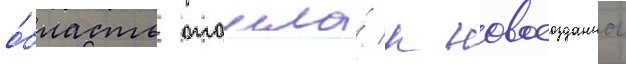
о́бласть отошла́ к новосозданнои